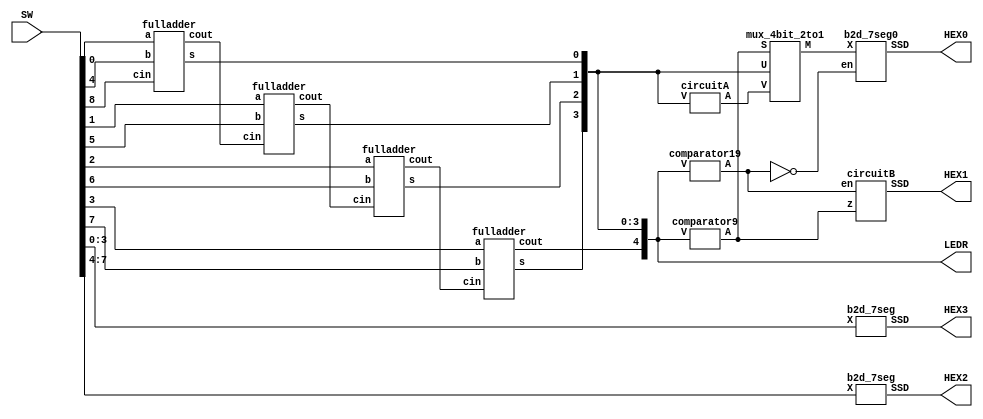
module part4 (SW, LEDR, HEX3, HEX2, HEX1, HEX0);
  input [8:0] SW;
  output [4:0] LEDR;
  output [6:0] HEX3, HEX2, HEX1, HEX0;
  wire s1, s2;

  b2d_7seg C0 (SW[3:0], HEX3);
  b2d_7seg C1 (SW[7:4], HEX2);

  wire c1, c2, c3;
  wire [4:0] S;

  fulladder A0 (SW[0], SW[4], SW[8], S[0], c1);
  fulladder A1 (SW[1], SW[5], c1, S[1], c2);
  fulladder A2 (SW[2], SW[6], c2, S[2], c3);
  fulladder A3 (SW[3], SW[7], c3, S[3], S[4]);

  assign LEDR[4:0] = S[4:0];

  wire z,en;
  wire [3:0] A, M;

  comparator9 C2 (S[4:0], z);
  circuitA A4 (S[3:0], A);
  mux_4bit_2to1 M0 (z, S[3:0], A, M);
  comparator19 comp19 (S[4:0], en);
  circuitB B0 (en, z, HEX1);
  b2d_7seg0 S0 (~en, M, HEX0);

endmodule

module b2d_7seg0 (en,X, SSD);
  input [3:0] X;
  output [6:0] SSD;
  reg [6:0] SSD;
  input en;

always @ (*)
if (en) begin
  SSD[0] = (X[3] &  ~X[2] & X[1] & ~X[0]) | (X[3] &  ~X[2] & X[1] & X[0]) | (X[3] &  X[2] & ~X[1] & ~X[0]) | (X[3] &  X[2] & ~X[1] & X[0]) | (X[3] &  X[2] & X[1] & ~X[0]) | (X[3] &  X[2] & X[1] & X[0])|(~X[3] &  X[2] & ~X[1] & ~X[0]) | (~X[3] &  ~X[2] & ~X[1] & X[0]) ;
  SSD[1] = (~X[3] & X[2] & ~X[1] & X[0]) | (~X[3] & X[2] & X[1] & ~X[0]) | (X[3] &  ~X[2] & X[1] & ~X[0]) | (X[3] &  ~X[2] & X[1] & X[0]) | (X[3] &  X[2] & ~X[1] & ~X[0]) | (X[3] &  X[2] & ~X[1] & X[0]) | (X[3] &  X[2] & X[1] & ~X[0]) | (X[3] &  X[2] & X[1] & X[0]);
  SSD[2] =  (X[3] &  ~X[2] & X[1] & ~X[0]) | (X[3] &  ~X[2] & X[1] & X[0]) | (X[3] &  X[2] & ~X[1] & ~X[0]) | (X[3] &  X[2] & ~X[1] & X[0]) | (X[3] &  X[2] & X[1] & ~X[0]) | (X[3] &  X[2] & X[1] & X[0])|(~X[3] & ~X[2] &  X[1] & ~X[0]);
  SSD[3] = (~X[3] & ~X[2] & ~X[1] &  X[0]) | (~X[3] &  X[2] & ~X[1] & ~X[0]) | (~X[3] &  X[2] & X[1] & X[0]) | (X[3] & ~X[2] & ~X[1] & X[0]) | (X[3] &  ~X[2] & X[1] & ~X[0]) | (X[3] &  ~X[2] & X[1] & X[0]) | (X[3] &  X[2] & ~X[1] & ~X[0]) | (X[3] &  X[2] & ~X[1] & X[0]) | (X[3] &  X[2] & X[1] & ~X[0]) | (X[3] &  X[2] & X[1] & X[0]);
  SSD[4] = ~((~X[2] & ~X[0]) | (X[1] & ~X[0]));
  SSD[5] = (~X[3] & ~X[2] & ~X[1] &  X[0]) | (~X[3] & ~X[2] &  X[1] & ~X[0]) | (~X[3] & ~X[2] & X[1] & X[0]) | (~X[3] & X[2] & X[1] & X[0]) | (X[3] &  ~X[2] & X[1] & ~X[0]) | (X[3] &  ~X[2] & X[1] & X[0]) | (X[3] &  X[2] & ~X[1] & ~X[0]) | (X[3] &  X[2] & ~X[1] & X[0]) | (X[3] &  X[2] & X[1] & ~X[0]) | (X[3] &  X[2] & X[1] & X[0]);
  SSD[6] = (~X[3] & ~X[2] & ~X[1] &  X[0]) | (~X[3] & ~X[2] & ~X[1] & ~X[0]) | (~X[3] &  X[2] & X[1] & X[0]) | (X[3] &  ~X[2] & X[1] & ~X[0]) | (X[3] &  ~X[2] & X[1] & X[0]) | (X[3] &  X[2] & ~X[1] & ~X[0]) | (X[3] &  X[2] & ~X[1] & X[0]) | (X[3] &  X[2] & X[1] & ~X[0]) | (X[3] &  X[2] & X[1] & X[0]);
end
else begin
SSD[6:0] = 7'b1000000;
end

endmodule
module b2d_7seg (X, SSD);
       input [3:0] X;
       output [6:0] SSD;
      
assign SSD = (X[3:0] == 4'b0000) ? 7'b0000001 :
             (X[3:0] == 4'b0001) ? 7'b1001111 : 
             (X[3:0] == 4'b0010) ? 7'b0010010: 
             (X[3:0] == 4'b0011) ? 7'b0000110 : 
             (X[3:0] == 4'b0100) ? 7'b1001100 : 
             (X[3:0] == 4'b0101) ? 7'b0100100 :
             (X[3:0] == 4'b0110) ? 7'b0100000 :
             (X[3:0] == 4'b0111) ? 7'b0001111 :
             (X[3:0] == 4'b1000) ? 7'b0000000 :
             (X[3:0] == 4'b1001) ? 7'b0001100 :
             7'b1111111;

endmodule

module comparator9 (V, A);
  input [4:0] V;
  output A;

  assign A = V[4] | ((V[3] & V[2]) | (V[3] & V[1]));
endmodule

module circuitA (V, A);
  input [3:0] V;
  output [3:0] A;

  assign A[0] = V[0];
  assign A[1] = ~V[1];
  assign A[2] = (~V[3] & ~V[1]) | (V[2] & V[1]);
  assign A[3] = (~V[3] & V[1]);
endmodule

module circuitB (en,z, SSD);
  input z,en;
  output [6:0] SSD;
  reg [6:0] SSD;

always @(*)
if (~en & z) begin
SSD[6:0] = 7'b1111001;
end
else begin
SSD[6:0] = 7'b1000000;
end
endmodule

module mux_4bit_2to1 (S, U, V, M);
  input S;
  input [3:0] U, V;
  output [3:0] M;

  assign M = ({4{~S}} & U) | ({4{S}} & V);
endmodule

module fulladder (a, b, cin, s, cout);
  input a, b, cin;
  output cout, s;

  wire d;

  assign d = a ^ b;
  assign s = d ^ cin;
  assign cout = (b & ~d) | (d & cin);
endmodule

module comparator19(V,A);
input [4:0]V;
output A;

assign A = (V[4]&(V[3]|V[2]));
endmodule